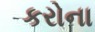
કરોના